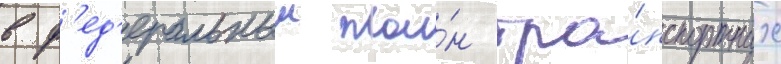
в ф'ед'еральныи пла́н тра́нспортных